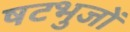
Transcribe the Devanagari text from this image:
षटभुजों